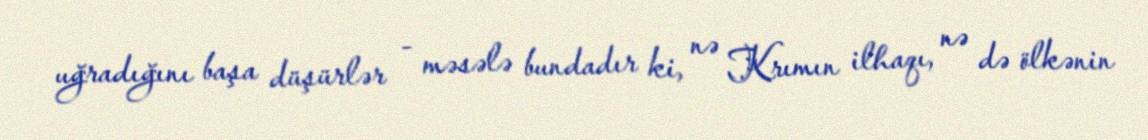
uğradığını başa düşürlər - məsələ bundadır ki, nə Krımın ilhaqı, nə də ölkənin